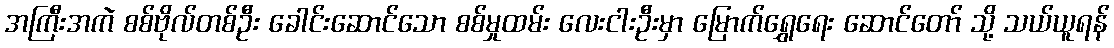
အကြီးအကဲ စစ်ဗိုလ်တစ်ဦး ခေါင်းဆောင်သော စစ်မှုထမ်း လေးငါးဦးမှာ မြောက်ရွှေရေး ဆောင်တော် သို့ သယ်ယူရန်